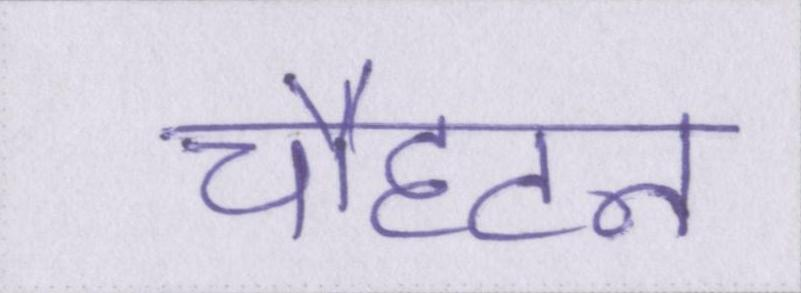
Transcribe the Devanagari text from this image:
चौहटन